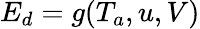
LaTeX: E_{d}=g(T_{a},u,V)